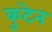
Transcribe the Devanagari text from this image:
कुटेन